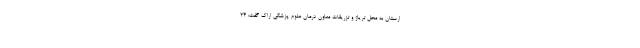
ارستان به محل تریاژ و تزریقات معاون درمان علوم پزشکی اراک گفت: ۲۴